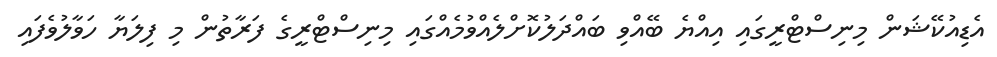
އެޑިއުކޭޝަން މިނިސްޓްރީގައި އިއްޔެ ބޭއްވި ބައްދަލުކޮށްލެއްވުމެއްގައި މިނިސްޓްރީގެ ފަރާތުން މި ފިލަޔާ ހަވާލުވެފައި